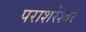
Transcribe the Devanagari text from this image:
पराशरेश्वर